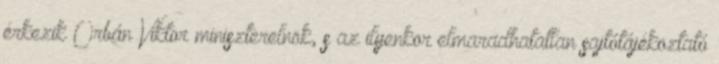
érkezik Orbán Viktor miniszterelnök, s az ilyenkor elmaradhatatlan sajtótájékoztató